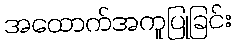
အထောက်အကူပြုခြင်း